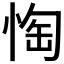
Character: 𱞢